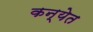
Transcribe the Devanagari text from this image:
कन्येत